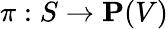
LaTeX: \pi:S\to\mathbf{P}(V)